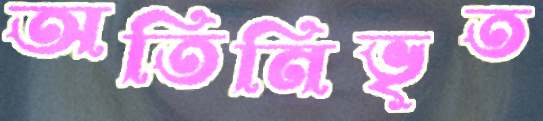
অতিনিভৃত